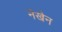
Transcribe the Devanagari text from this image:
नेखेन